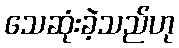
သေဆုံးခဲ့သည်ဟု